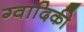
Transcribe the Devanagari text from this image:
ग्वादिकी